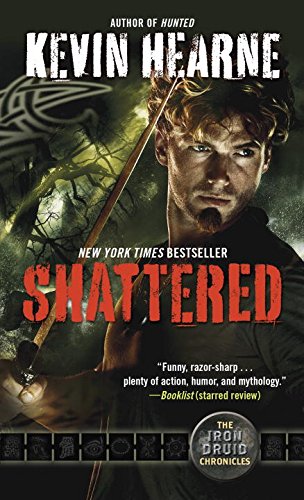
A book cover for Shattered: The Iron Druid Chronicles; Kevin Hearne; Literature & Fiction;